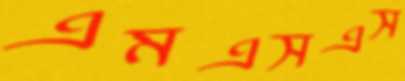
এমএসএস